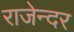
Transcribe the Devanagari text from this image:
राजेन्दर